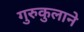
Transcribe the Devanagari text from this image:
गुरुकुलाने